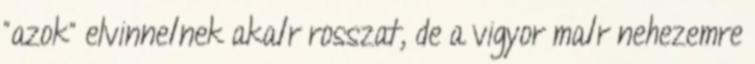
"azok" elvinne1nek aka1r rosszat, de a vigyor ma1r nehezemre